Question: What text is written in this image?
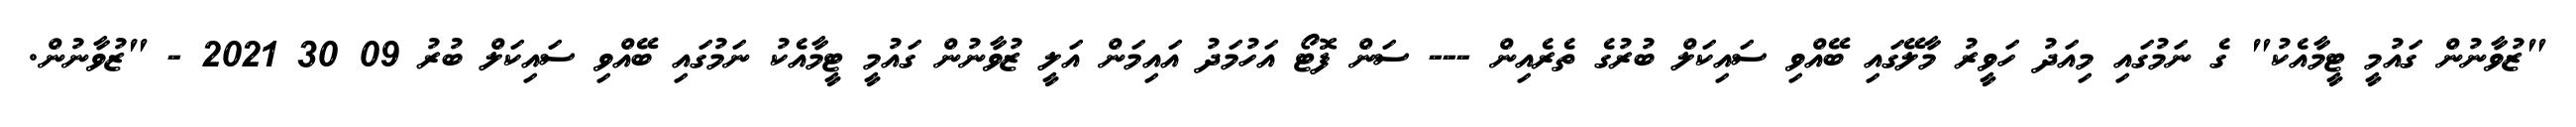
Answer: "ޒުވާނުން ގައުމީ ޓީމާއެކު" ގެ ނަމުގައި މިއަދު ހަވީރު މާލޭގައި ބޭއްވި ސައިކަލް ބުރުގެ ތެރެއިން --- ސަން ފޮޓޯ އަހުމަދު އައިމަން އަލީ ޒުވާނުން ގައުމީ ޓީމާއެކު ނަމުގައި ބޭއްވި ސައިކަލް ބުރު 09 30 2021 - "ޒުވާނުން.